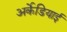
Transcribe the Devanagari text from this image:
अर्केडियाई